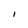
Character: l